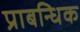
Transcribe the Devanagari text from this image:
प्राबन्धिक